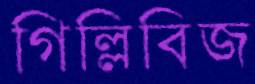
গিল্লিবিজ